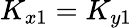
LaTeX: K_{x1}=K_{y1}